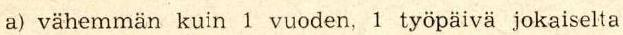
a) vähemmän kuin 1 vuoden, 1 työpäivä jokaiselta